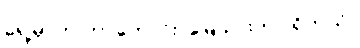
ရှေ့မှာက တာဟောင်း၊ မြေသားတာ ရှိတယ်။